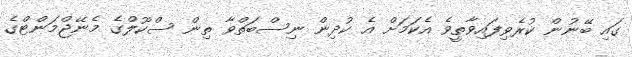
ގައި ބޭނުން ކުރެވިފައިވާތީވެ އެކަމަށް އެ ކުދިން ނިސްބަތްވާ ތިން ސްކޫލްގެ މެނޭޖްމަންޓްގެ